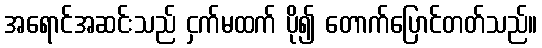
အရောင်အဆင်းသည် ငှက်မထက် ပို၍ တောက်ပြောင်တတ်သည်။